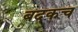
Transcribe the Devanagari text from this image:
बदकच